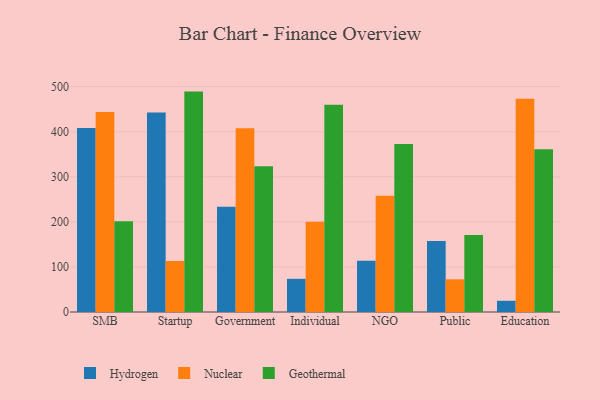
{"axis": {"x": "Segment", "y": "Budget (USD K)"}, "legend": ["Geothermal", "Hydrogen", "Nuclear"], "data": [{"x": "SMB", "y": 408.1, "type": "Hydrogen"}, {"x": "SMB", "y": 443.7, "type": "Nuclear"}, {"x": "SMB", "y": 201.3, "type": "Geothermal"}, {"x": "Startup", "y": 442.5, "type": "Hydrogen"}, {"x": "Startup", "y": 113.2, "type": "Nuclear"}, {"x": "Startup", "y": 489.1, "type": "Geothermal"}, {"x": "Government", "y": 233.8, "type": "Hydrogen"}, {"x": "Government", "y": 407.6, "type": "Nuclear"}, {"x": "Government", "y": 323.5, "type": "Geothermal"}, {"x": "Individual", "y": 73.6, "type": "Hydrogen"}, {"x": "Individual", "y": 200.5, "type": "Nuclear"}, {"x": "Individual", "y": 460.0, "type": "Geothermal"}, {"x": "NGO", "y": 113.9, "type": "Hydrogen"}, {"x": "NGO", "y": 257.7, "type": "Nuclear"}, {"x": "NGO", "y": 372.7, "type": "Geothermal"}, {"x": "Public", "y": 157.3, "type": "Hydrogen"}, {"x": "Public", "y": 72.5, "type": "Nuclear"}, {"x": "Public", "y": 170.9, "type": "Geothermal"}, {"x": "Education", "y": 24.9, "type": "Hydrogen"}, {"x": "Education", "y": 473.0, "type": "Nuclear"}, {"x": "Education", "y": 361.3, "type": "Geothermal"}]}